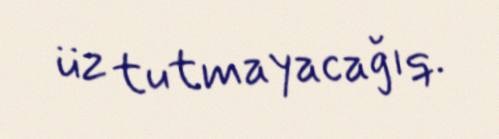
üz tutmayacağıq.